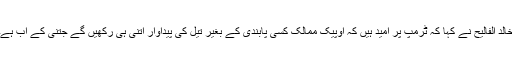
خالد الفالیح نے کہا کہ ٹرمپ پر امید ہیں کہ اوپیک ممالک کسی پابندی کے بغیر تیل کی پیداوار اتنی ہی رکھیں گے جتنی کے اب ہے۔